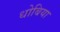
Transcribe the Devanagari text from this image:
धोबिया